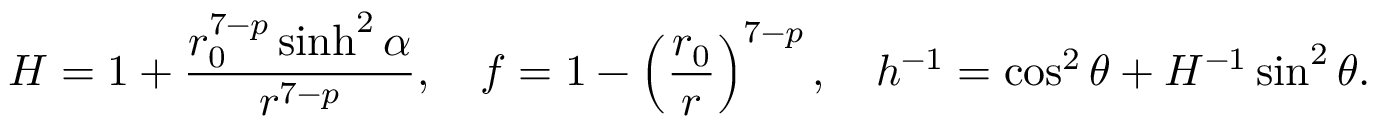
H = 1 + \frac { r _ { 0 } ^ { 7 - p } \sinh ^ { 2 } \alpha } { r ^ { 7 - p } } , \ \ \ f = 1 - \left( \frac { r _ { 0 } } { r } \right) ^ { 7 - p } , \ \ \ h ^ { - 1 } = \cos ^ { 2 } \theta + H ^ { - 1 } \sin ^ { 2 } \theta .